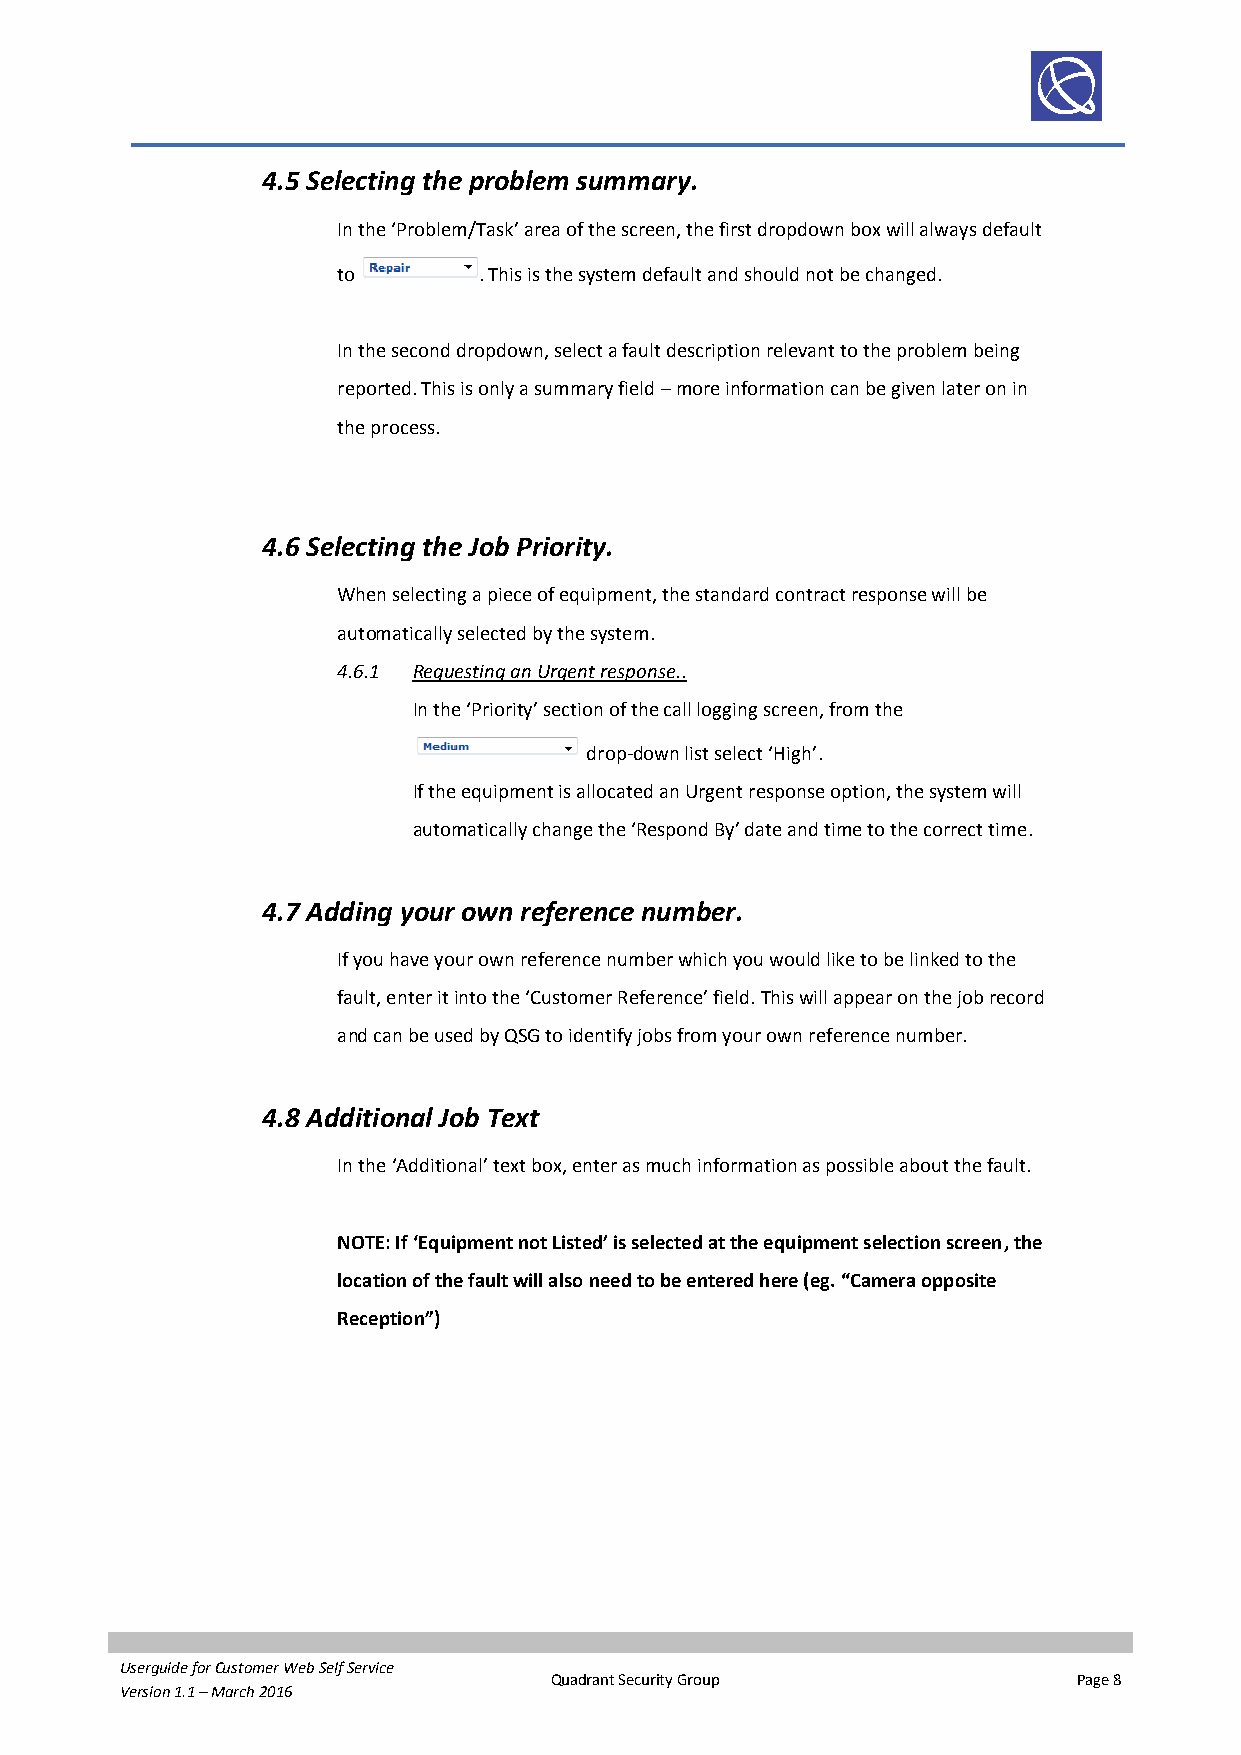
4.5 Selecting the problem summary.
 In the ‘Problem/Task’ area of the screen, the first dropdown box will always default
 to        . This is the system default and should not be changed.
 In the second dropdown, select a fault description relevant to the problem being
 reported. This is only a summary field – more information can be given later on in
 the process.
 4.6 Selecting the Job Priority.
 When selecting a piece of equipment, the standard contract response will be
 automatically selected by the system.
 4.6.1 Requesting an Urgent response..
 In the ‘Priority’ section of the call logging screen, from the
 drop-down list select ‘High’.
 If the equipment is allocated an Urgent response option, the system will
 automatically change the ‘Respond By’ date and time to the correct time.
 4.7 Adding your own reference number.
 If you have your own reference number which you would like to be linked to the
 fault, enter it into the ‘Customer Reference’ field. This will appear on the job record
 and can be used by QSG to identify jobs from your own reference number.
 4.8 Additional Job Text
 In the ‘Additional’ text box, enter as much information as possible about the fault.
 NOTE: If ‘Equipment not Listed’ is selected at the equipment selection screen, the
 location of the fault will also need to be entered here (eg. “Camera opposite
 Reception”)
 Userguide for Customer Web Self Service
 Quadrant Security Group            Page 8
 Version 1.1 – March 2016